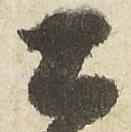
土